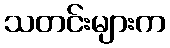
သတင်းများက